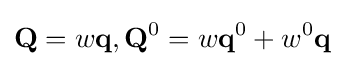
{\textbf {Q}}=w{\textbf {q}},{\textbf {Q}}^{0}=w{\textbf {q}}^{0}+w^{0}{\textbf {q}}